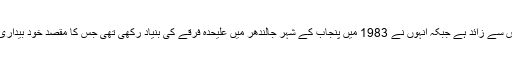
آشوتوش مہاراج کی عمر 70 برس سے زائد ہے جبکہ انہوں نے 1983 میں پنجاب کے شہر جالندھر میں علیحدہ فرقے کی بنیاد رکھی تھی جس کا مقصد خود بیداری اور عالمی امن کو فروغ دینا تھا۔